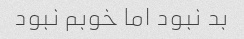
بد نبود اما خوبم نبود